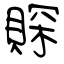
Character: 賝